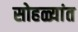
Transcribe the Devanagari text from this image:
सोहळ्यांत